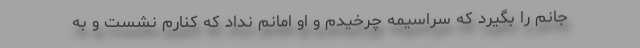
جانم را بگیرد که سراسیمه چرخیدم و او امانم نداد که کنارم نشست و به